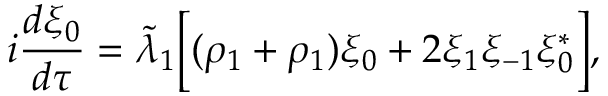
i \frac { d \xi _ { 0 } } { d \tau } = \Tilde { \lambda } _ { 1 } \Big [ ( \rho _ { 1 } + \rho _ { 1 } ) \xi _ { 0 } + 2 \xi _ { 1 } \xi _ { - 1 } \xi _ { 0 } ^ { * } \Big ] ,